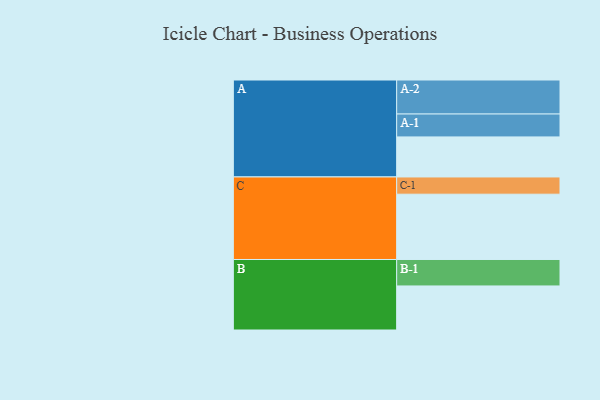
{"axis": {"x": "Segment", "y": "Value"}, "legend": ["", "A", "B", "C"], "data": [{"x": "A", "y": 339, "type": ""}, {"x": "B", "y": 373, "type": ""}, {"x": "C", "y": 553, "type": ""}, {"x": "A-1", "y": 194, "type": "A"}, {"x": "A-2", "y": 288, "type": "A"}, {"x": "B-1", "y": 224, "type": "B"}, {"x": "C-1", "y": 146, "type": "C"}]}